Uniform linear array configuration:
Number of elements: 48
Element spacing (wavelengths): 0.25
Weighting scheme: kaiser
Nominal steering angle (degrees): -60
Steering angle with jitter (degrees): -58.52
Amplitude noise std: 0.05
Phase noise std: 0.05

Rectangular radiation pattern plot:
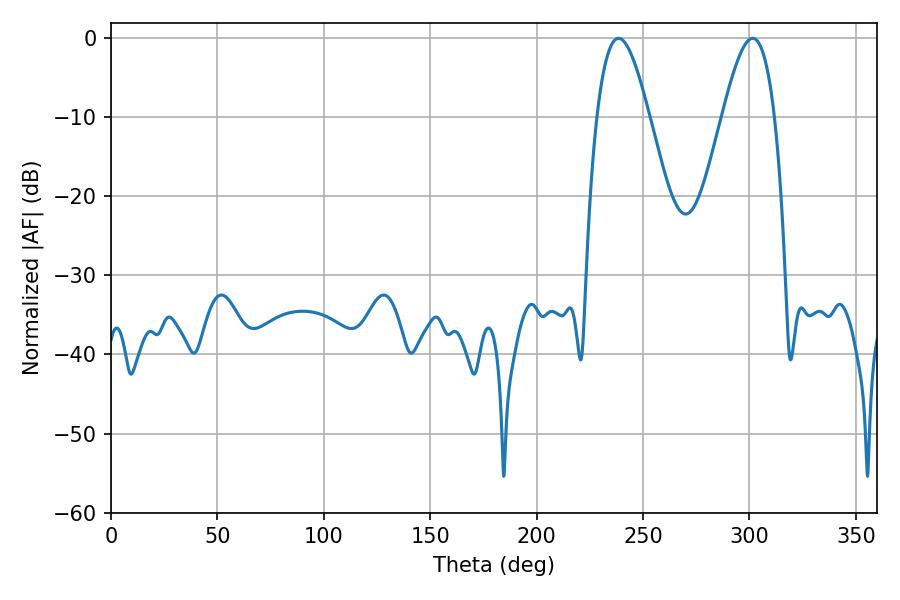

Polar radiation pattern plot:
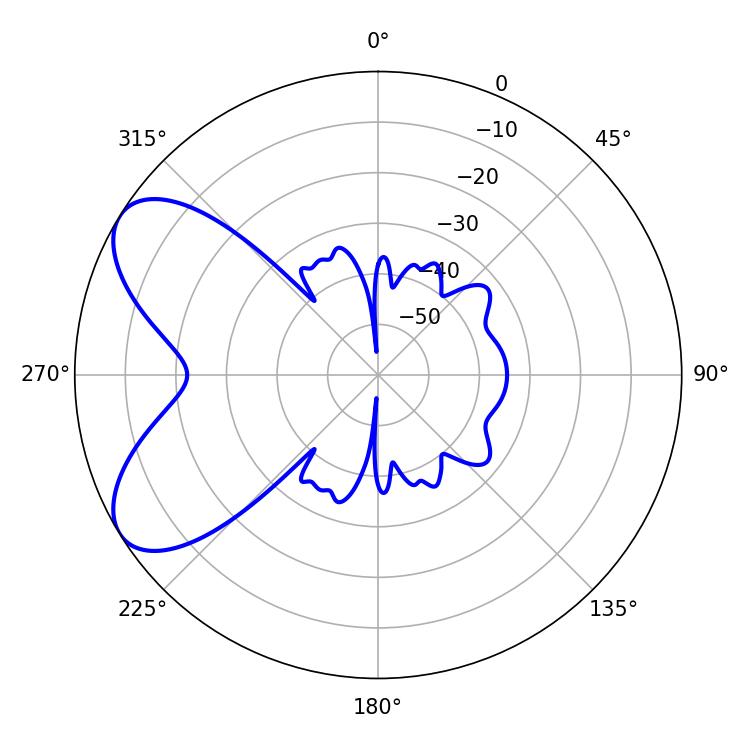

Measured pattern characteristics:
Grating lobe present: FALSE
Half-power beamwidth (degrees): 13.14
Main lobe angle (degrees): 238.5